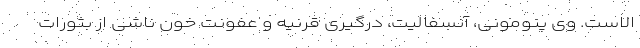
الاست. وی پنومونی، آنسفالیت، درگیری قرنیه و عفونت خون ناشی از بثورات